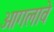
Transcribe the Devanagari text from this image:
आगलावे